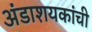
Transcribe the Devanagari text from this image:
अंडाशयकांची